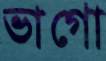
ভাগো